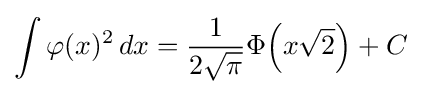
\int \varphi (x)^{2}\,dx={\frac {1}{2{\sqrt {\pi }}}}\Phi {\left(x{\sqrt {2}}\right)}+C